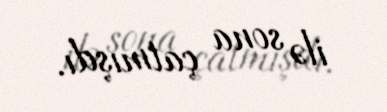
ilə sona çatmışdı.